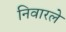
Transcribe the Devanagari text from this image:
निवारले